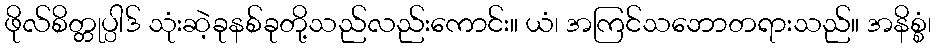
ဖိုလ်စိတ္တုပ္ပါဒ် သုံးဆဲ့ခုနစ်ခုတို့သည်လည်းကောင်း။ ယံ၊ အကြင်သဘောတရားသည်။ အနိစ္စံ၊